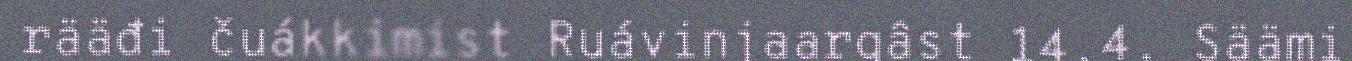
rääđi čuákkimist Ruávinjaargâst 14.4. Säämi